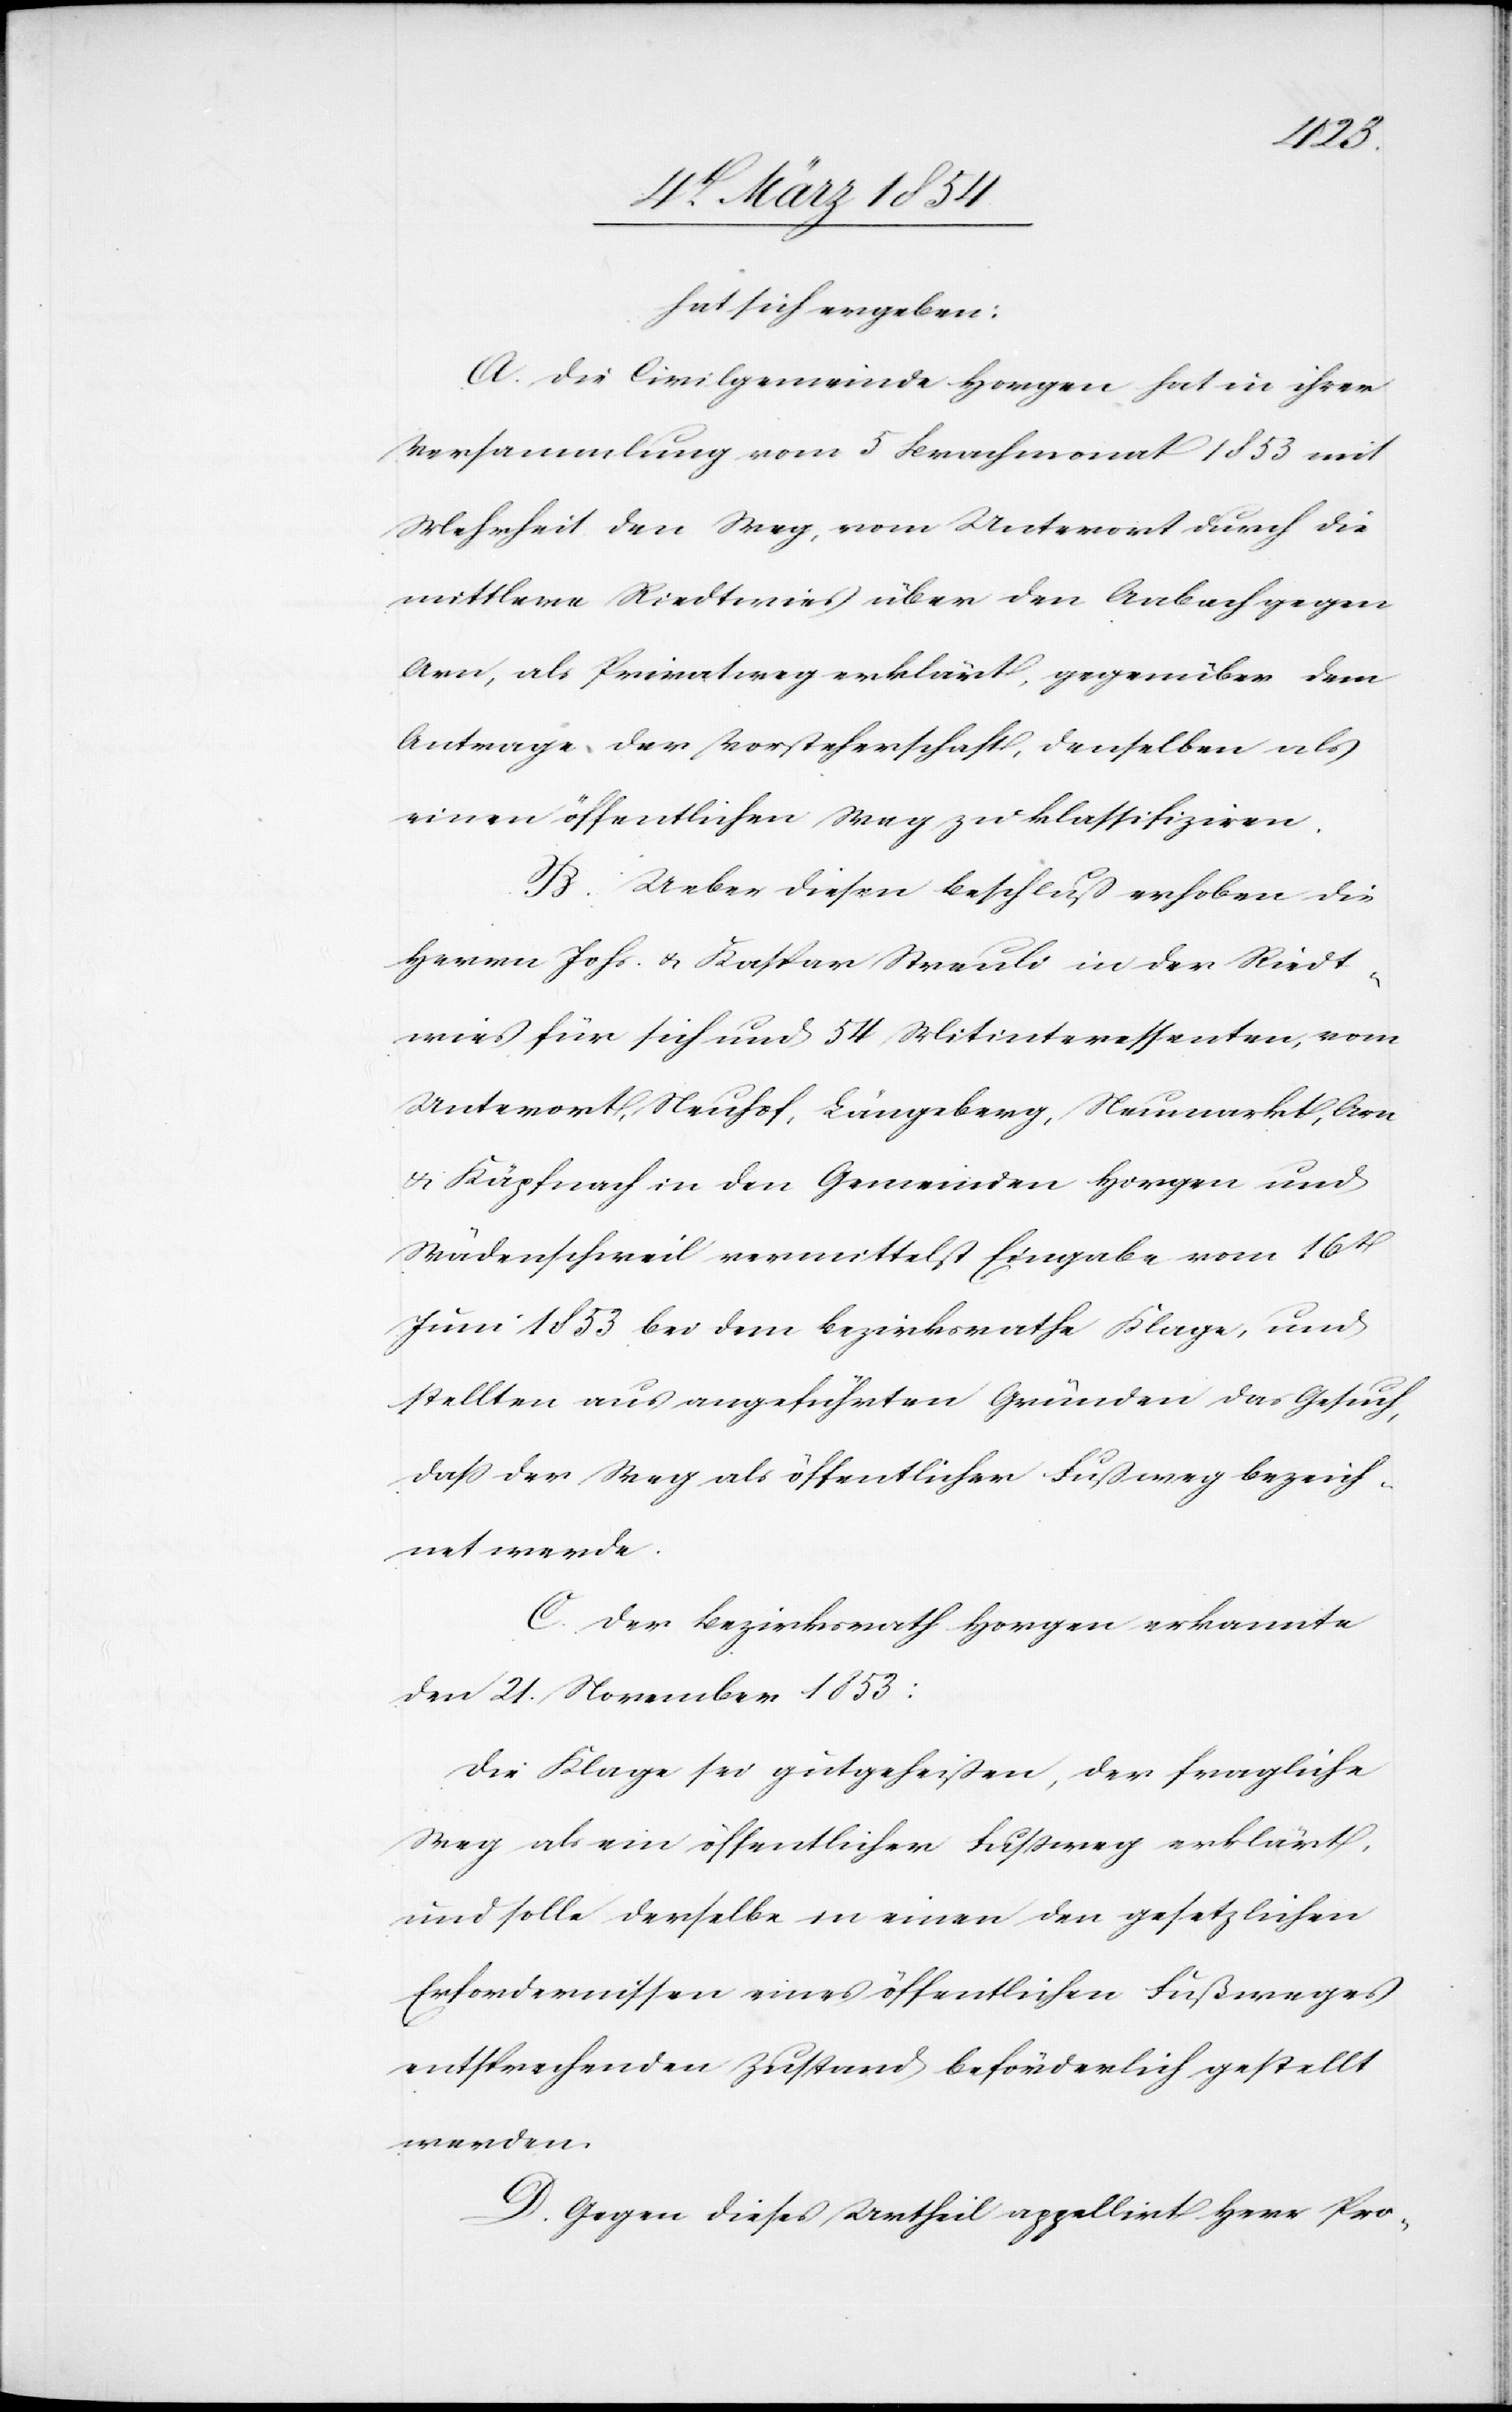
hat sich ergeben:
A. Die Civilgemeinde Horgen hat in ihrer
Versammlung vom 5 Brachmonat 1853 mit
Mehrheit den Weg, vom Unterort durch die
mittlere Riedtwies über den Aabach gegen
Arn, als Privatweg erklärt, gegenüber dem
Antrage der Vorsteherschaft, denselben als
einen öffentlichen Weg zu klassifiziren.
B. Ueber diesen Beschluß erhoben die
Herrn Johs. u. Kaspar Streuli in der Riedt¬
wies für sich und 5 Mitinteressenten, vom
Unterort, Neuhof, Längeberg, Neumarkt, Arn
u. Käpfnach in den Gemeinden Horgen und
Wädenschweil vermittelst Eingabe vom 16t
Juni 1853 bei dem Bezirksrathe Klage, und
stellten aus angeführten Gründen das Gesuch,
daß der Weg als öffentlicher Fußweg bezeich¬
net werde.
C. Der Bezirksrath Horgen erkannte
den 21. November 1853:
Die Klage sei gutgeheißen, der fragliche
Weg als ein öffentlicher Fußweg erklärt,
und solle derselbe in einen den gesetzlichen
Erfordernissen eines öffentlichen Fußweges
entsprechenden Zustand beförderlich gestellt
werden.
D. Gegen dieses Urtheil appellirt Herr Pro-